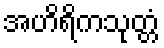
အဟိရိကသုတ္တံ